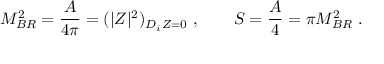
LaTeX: M _ { B R } ^ { 2 } = { \frac { A } { 4 \pi } } = ( | Z | ^ { 2 } ) _ { D _ { i } Z = 0 } \ , \qquad S = { \frac { A } { 4 } } = \pi M _ { B R } ^ { 2 } \ .